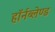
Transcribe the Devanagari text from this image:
हॉर्नब्लेण्ड